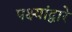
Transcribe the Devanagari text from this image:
पक्ष्यांद्वारे